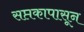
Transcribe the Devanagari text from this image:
सप्तकापासून